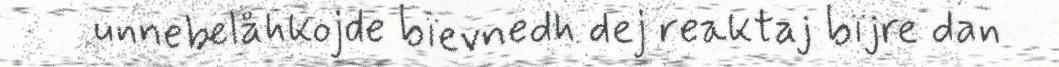
unnebelåhkojde bïevnedh dej reaktaj bïjre dan